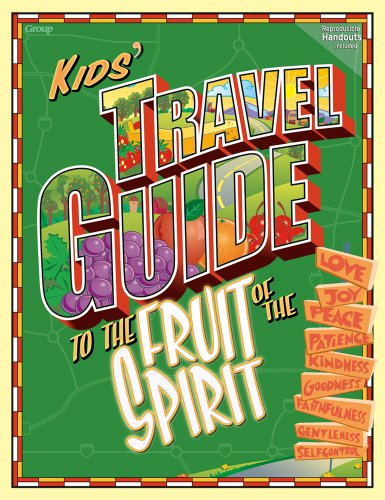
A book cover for Kids' Travel Guide to the Fruit of the Spirit; Group Publishing; Christian Books & Bibles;